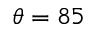
\theta = 8 5